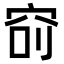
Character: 𥥎